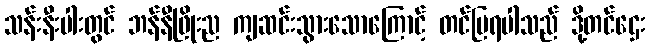
သန်းနီးပါးတွင် ဘန်နီဖြိုးည ကျဆင်းသွားသောကြောင့် တင်ပြရပါသည် ဒို့တင်ဌေး